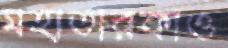
মহাতারকাও